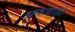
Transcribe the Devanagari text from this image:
अफवाहो